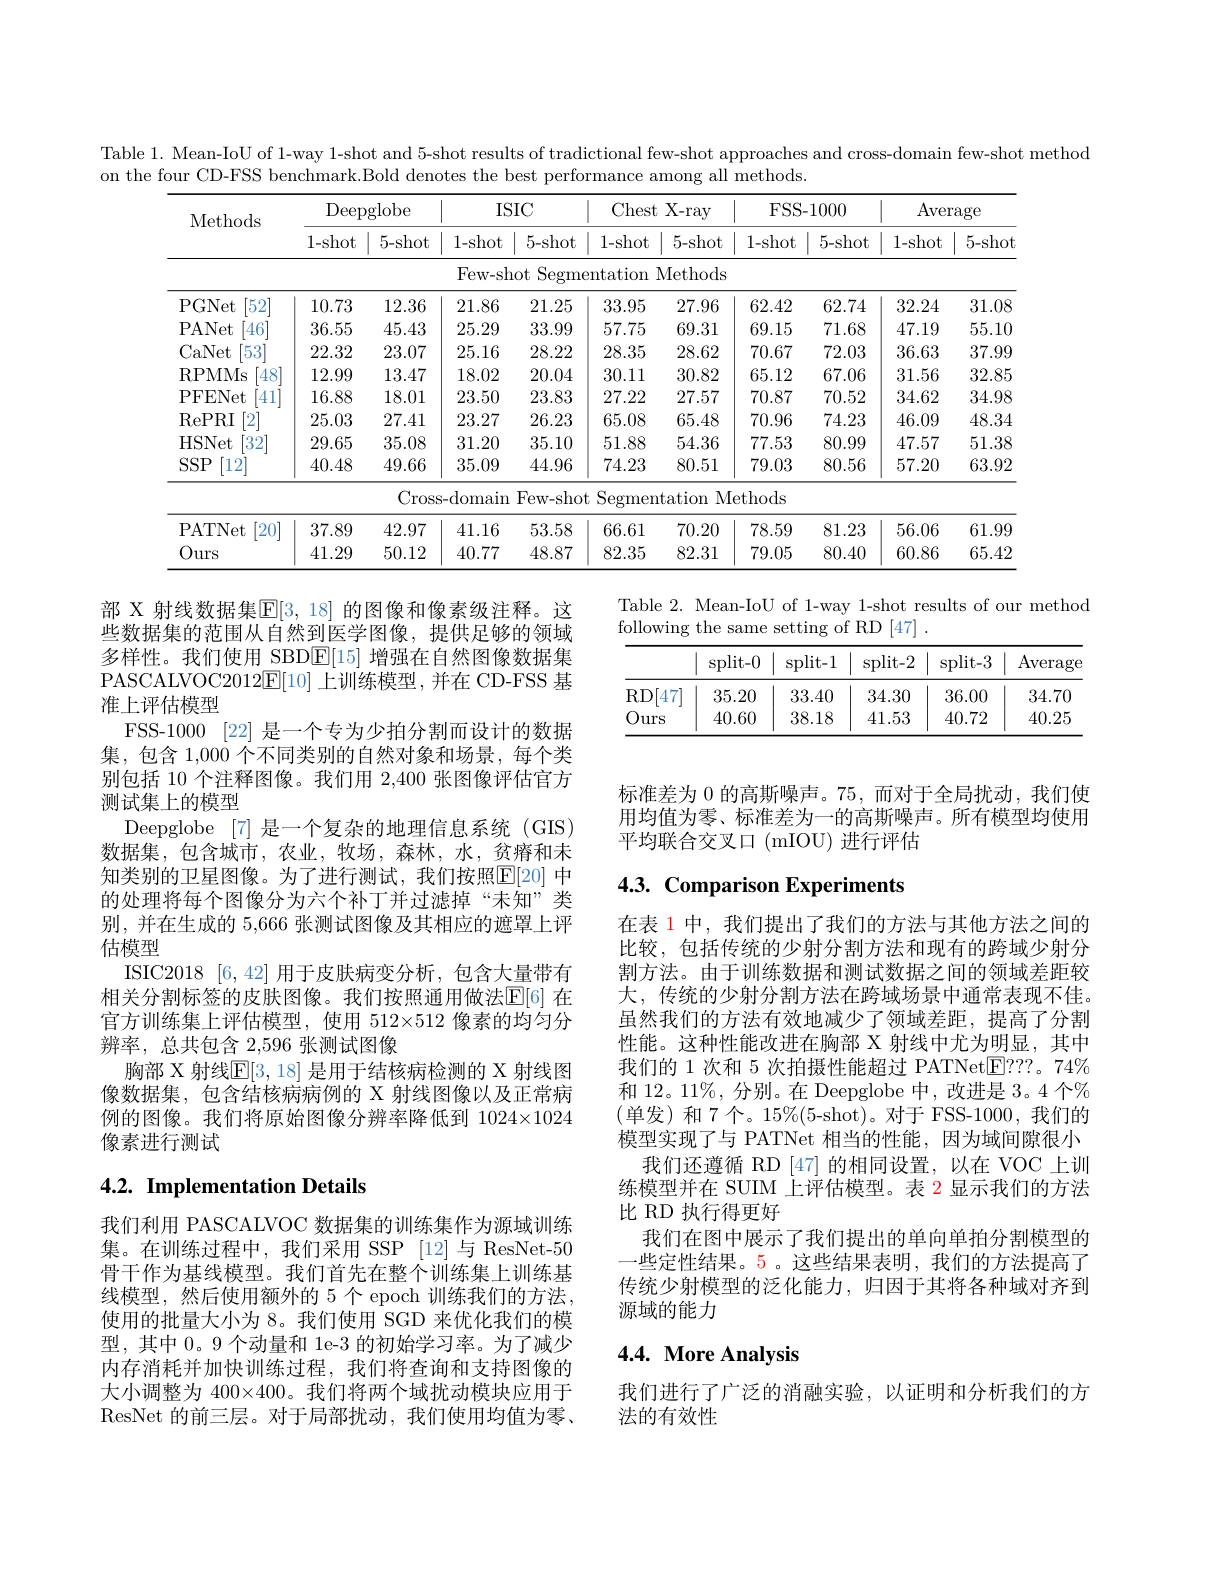
Table 1. Mean-IoU of 1-way 1-shot and 5-shot results of tradictional few-shot approaches and cross-domain few-shot method
on the four CD-FSS benchmark.Bold denotes the best performance among all methods.

<table>
	<tbody>
		<tr>
			<th rowspan="2">Methods</th>
			<th colspan="2">$\operatorname{Deepglobe}$</th>
			<th colspan="2">ISIC 1</th>
			<th>Ches</th>
			<th>;t X-ray</th>
			<th colspan="2">FSS- 1000</th>
			<th colspan="2">Average</th>
		</tr>
		<tr>
			<th>1-shot</th>
			<th>5-shot</th>
			<th>1-shot</th>
			<th>5-shot</th>
			<th>1-shot</th>
			<th>5-shot</th>
			<th>1-shot</th>
			<th>5-shot</th>
			<th>1-shot</th>
			<th>5-shot</th>
		</tr>
		<tr>
			<td> </td>
			<td> </td>
			<td> </td>
			<td>Few- sh</td>
			<td>ot Segme</td>
			<td>${\mathrm{ntation}}$</td>
			<td>Methods</td>
			<td> </td>
			<td> </td>
			<td> </td>
			<td> </td>
		</tr>
		<tr>
			<td>PGNet $52^{\cdot}$</td>
			<td>10.73</td>
			<td>12.36</td>
			<td>21.86</td>
			<td>21.25</td>
			<td>33.95</td>
			<td>27.96</td>
			<td>62.42</td>
			<td>62.74</td>
			<td>32.24</td>
			<td>31.08</td>
		</tr>
		<tr>
			<td>PANet $46^{*}$</td>
			<td>36.55</td>
			<td>45.43</td>
			<td>25.29</td>
			<td>33.99</td>
			<td>57.75</td>
			<td>69.31</td>
			<td>69.15</td>
			<td>71.68</td>
			<td>47.19</td>
			<td>55.10</td>
		</tr>
		<tr>
			<td>CaNet 53</td>
			<td>22.32</td>
			<td>23.07</td>
			<td>25.16</td>
			<td>28.22</td>
			<td>28.35</td>
			<td>28.62</td>
			<td>70.67</td>
			<td>72.03</td>
			<td>36.63</td>
			<td>37.99</td>
		</tr>
		<tr>
			<td>RPMMs $48^{\cdot}$</td>
			<td>12.99</td>
			<td>13.47</td>
			<td>18.02</td>
			<td>20.04</td>
			<td>30.11</td>
			<td>30.82</td>
			<td>65.12</td>
			<td>67.06</td>
			<td>31.56</td>
			<td>32.85</td>
		</tr>
		<tr>
			<td>PFENet 41</td>
			<td>16.88</td>
			<td>18.01</td>
			<td>23.50</td>
			<td>23.83</td>
			<td>27.22</td>
			<td>27.57</td>
			<td>70.87</td>
			<td>70.52</td>
			<td>34.62</td>
			<td>34.98</td>
		</tr>
		<tr>
			<td>RePRI 2</td>
			<td>25.03</td>
			<td>27.41</td>
			<td>23.27</td>
			<td>26.23</td>
			<td>65.08</td>
			<td>65.48</td>
			<td>70.96</td>
			<td>74.23</td>
			<td>46.09</td>
			<td>48.34</td>
		</tr>
		<tr>
			<td>HSNet $32^{\circ}$</td>
			<td>29.65</td>
			<td>35.08</td>
			<td>31.20</td>
			<td>35.10</td>
			<td>51.88</td>
			<td>54.36</td>
			<td>77.53</td>
			<td>80.99</td>
			<td>47.57</td>
			<td>51.38</td>
		</tr>
		<tr>
			<td>$SSP$ [12]</td>
			<td>40.48</td>
			<td>49.66</td>
			<td>35.09</td>
			<td>44.96</td>
			<td>74.23</td>
			<td>80.51</td>
			<td>79.03</td>
			<td>80.56</td>
			<td>57.20</td>
			<td>63.92</td>
		</tr>
		<tr>
			<td> </td>
			<td> </td>
			<td>Cross</td>
			<td>s-domain</td>
			<td>Few- shot</td>
			<td>Segmer</td>
			<td>ntation $MI$</td>
			<td>ethods</td>
			<td> </td>
			<td> </td>
			<td> </td>
		</tr>
		<tr>
			<td>PATNet 20</td>
			<td>37.89</td>
			<td>42.97</td>
			<td>41.16</td>
			<td>53.58</td>
			<td>66.61</td>
			<td>70.20</td>
			<td>78.59</td>
			<td>81.23</td>
			<td>56.06</td>
			<td>61.99</td>
		</tr>
		<tr>
			<td>Ours</td>
			<td>41.29</td>
			<td>50.12</td>
			<td>40.77</td>
			<td>48.87</td>
			<td>82.35</td>
			<td>82.31</td>
			<td>79.05</td>
			<td>80.40</td>
			<td>60.86</td>
			<td>65.42</td>
		</tr>
	</tbody>
</table>

Table 2. Mean-IoU of 1-way 1-shot results of our method
following the same setting of RD [47] .

<table>
	<tbody>
		<tr>
			<th> </th>
			<th>$\operatorname{split-0}$</th>
			<th>$\operatorname{split-1}$</th>
			<th>split-2</th>
			<th>$\operatorname{split-3}$</th>
			<th>$\operatorname{Average}$</th>
		</tr>
		<tr>
			<td>RD[ $\cdot[47]$</td>
			<td>35.20</td>
			<td>33.40</td>
			<td>34.30</td>
			<td>36.00</td>
			<td>34.70</td>
		</tr>
		<tr>
			<td>Ours</td>
			<td>40.60</td>
			<td>38.18</td>
			<td>41.53</td>
			<td>40.72</td>
			<td>40.25</td>
		</tr>
	</tbody>
</table>

标准差为 0 的高斯噪声。75,而对于全局扰动，我们使用均值为零、标准差为一的高斯噪声。所有模型均使用平均联合交叉口(mIOU)进行评估

部 X 射线数据集$\mathbb{E}[3,18]$ 的图像和像素级注释。这些数据集的范围从自然到医学图像，提供足够的领域多样性。我们使用 SBD$\boxed{\mathrm{F}}[15]$增强在自然图像数据集PASCALVOC2012$\underline {{\mathrm{E} }}[ 10]$上训练模型，并在 CD-FSS 基准上评估模型
FSS-1000 [22] 是一个专为少拍分割而设计的数据集，包含 1,000 个不同类别的自然对象和场景，每个类别包括 10 个注释图像。我们用 2,400 张图像评估官方测试集上的模型
Deepglobe [7]是一个复杂的地理信息系统(GIS) 数据集，包含城市，农业，牧场，森林，水，贫瘠和未知类别的卫星图像。为了进行测试，我们按照$\overline{\mathrm{E}}[20]$ 中的处理将每个图像分为六个补丁并过滤掉“未知”类别，并在生成的 5,666 张测试图像及其相应的遮罩上评估模型
ISIC2018 [6,42] 用于皮肤病变分析，包含大量带有相关分割标签的皮肤图像。我们按照通用做法$\mathbb{E}[6]$ 在官方训练集上评估模型，使用 512×512 像素的均匀分辨率，总共包含 2,596 张测试图像
胸部 X 射线$\mathbb{E}[3,18]$ 是用于结核病检测的 X 射线图像数据集，包含结核病病例的 X 射线图像以及正常病例的图像。我们将原始图像分辨率降低到 1024×1024像素进行测试

# 4.3. Comparison Experiments

在表 1 中，我们提出了我们的方法与其他方法之间的比较，包括传统的少射分割方法和现有的跨域少射分割方法。由于训练数据和测试数据之间的领域差距较大，传统的少射分割方法在跨域场景中通常表现不佳。虽然我们的方法有效地减少了领域差距，提高了分割性能。这种性能改进在胸部 X 射线中尤为明显，其中我们的 1 次和 5 次拍摄性能超过 PATNet$\boxed{\mathrm{E}}???$。74% 和 12。11%, 分别。在 Deepglobe 中，改进是 3。4 个% (单发)和 7个。15%(5-shot)。对于 FSS-1000,我们的模型实现了与 PATNet 相当的性能，因为域间隙很小
我们还遵循 RD [47]的相同设置，以在 VOC 上训练模型并在 SUIM 上评估模型。表 2 显示我们的方法比 RD 执行得更好
我们在图中展示了我们提出的单向单拍分割模型的一些定性结果。5 。这些结果表明，我们的方法提高了传统少射模型的泛化能力，归因于其将各种域对齐到源域的能力

# 4.2. Implementation Details

我们利用 PASCALVOC 数据集的训练集作为源域训练集。在训练过程中，我们采用 SSP [12]与 ResNet-50骨干作为基线模型。我们首先在整个训练集上训练基线模型，然后使用额外的 5个 epoch 训练我们的方法， 使用的批量大小为 8。我们使用 SGD 来优化我们的模型，其中 0。9 个动量和 1e-3 的初始学习率。为了减少内存消耗并加快训练过程，我们将查询和支持图像的大小调整为 400×400。我们将两个域扰动模块应用于ResNet 的前三层。对于局部扰动，我们使用均值为零

# 4.4. More Analysis

我们进行了广泛的消融实验，以证明和分析我们的方
法的有效性